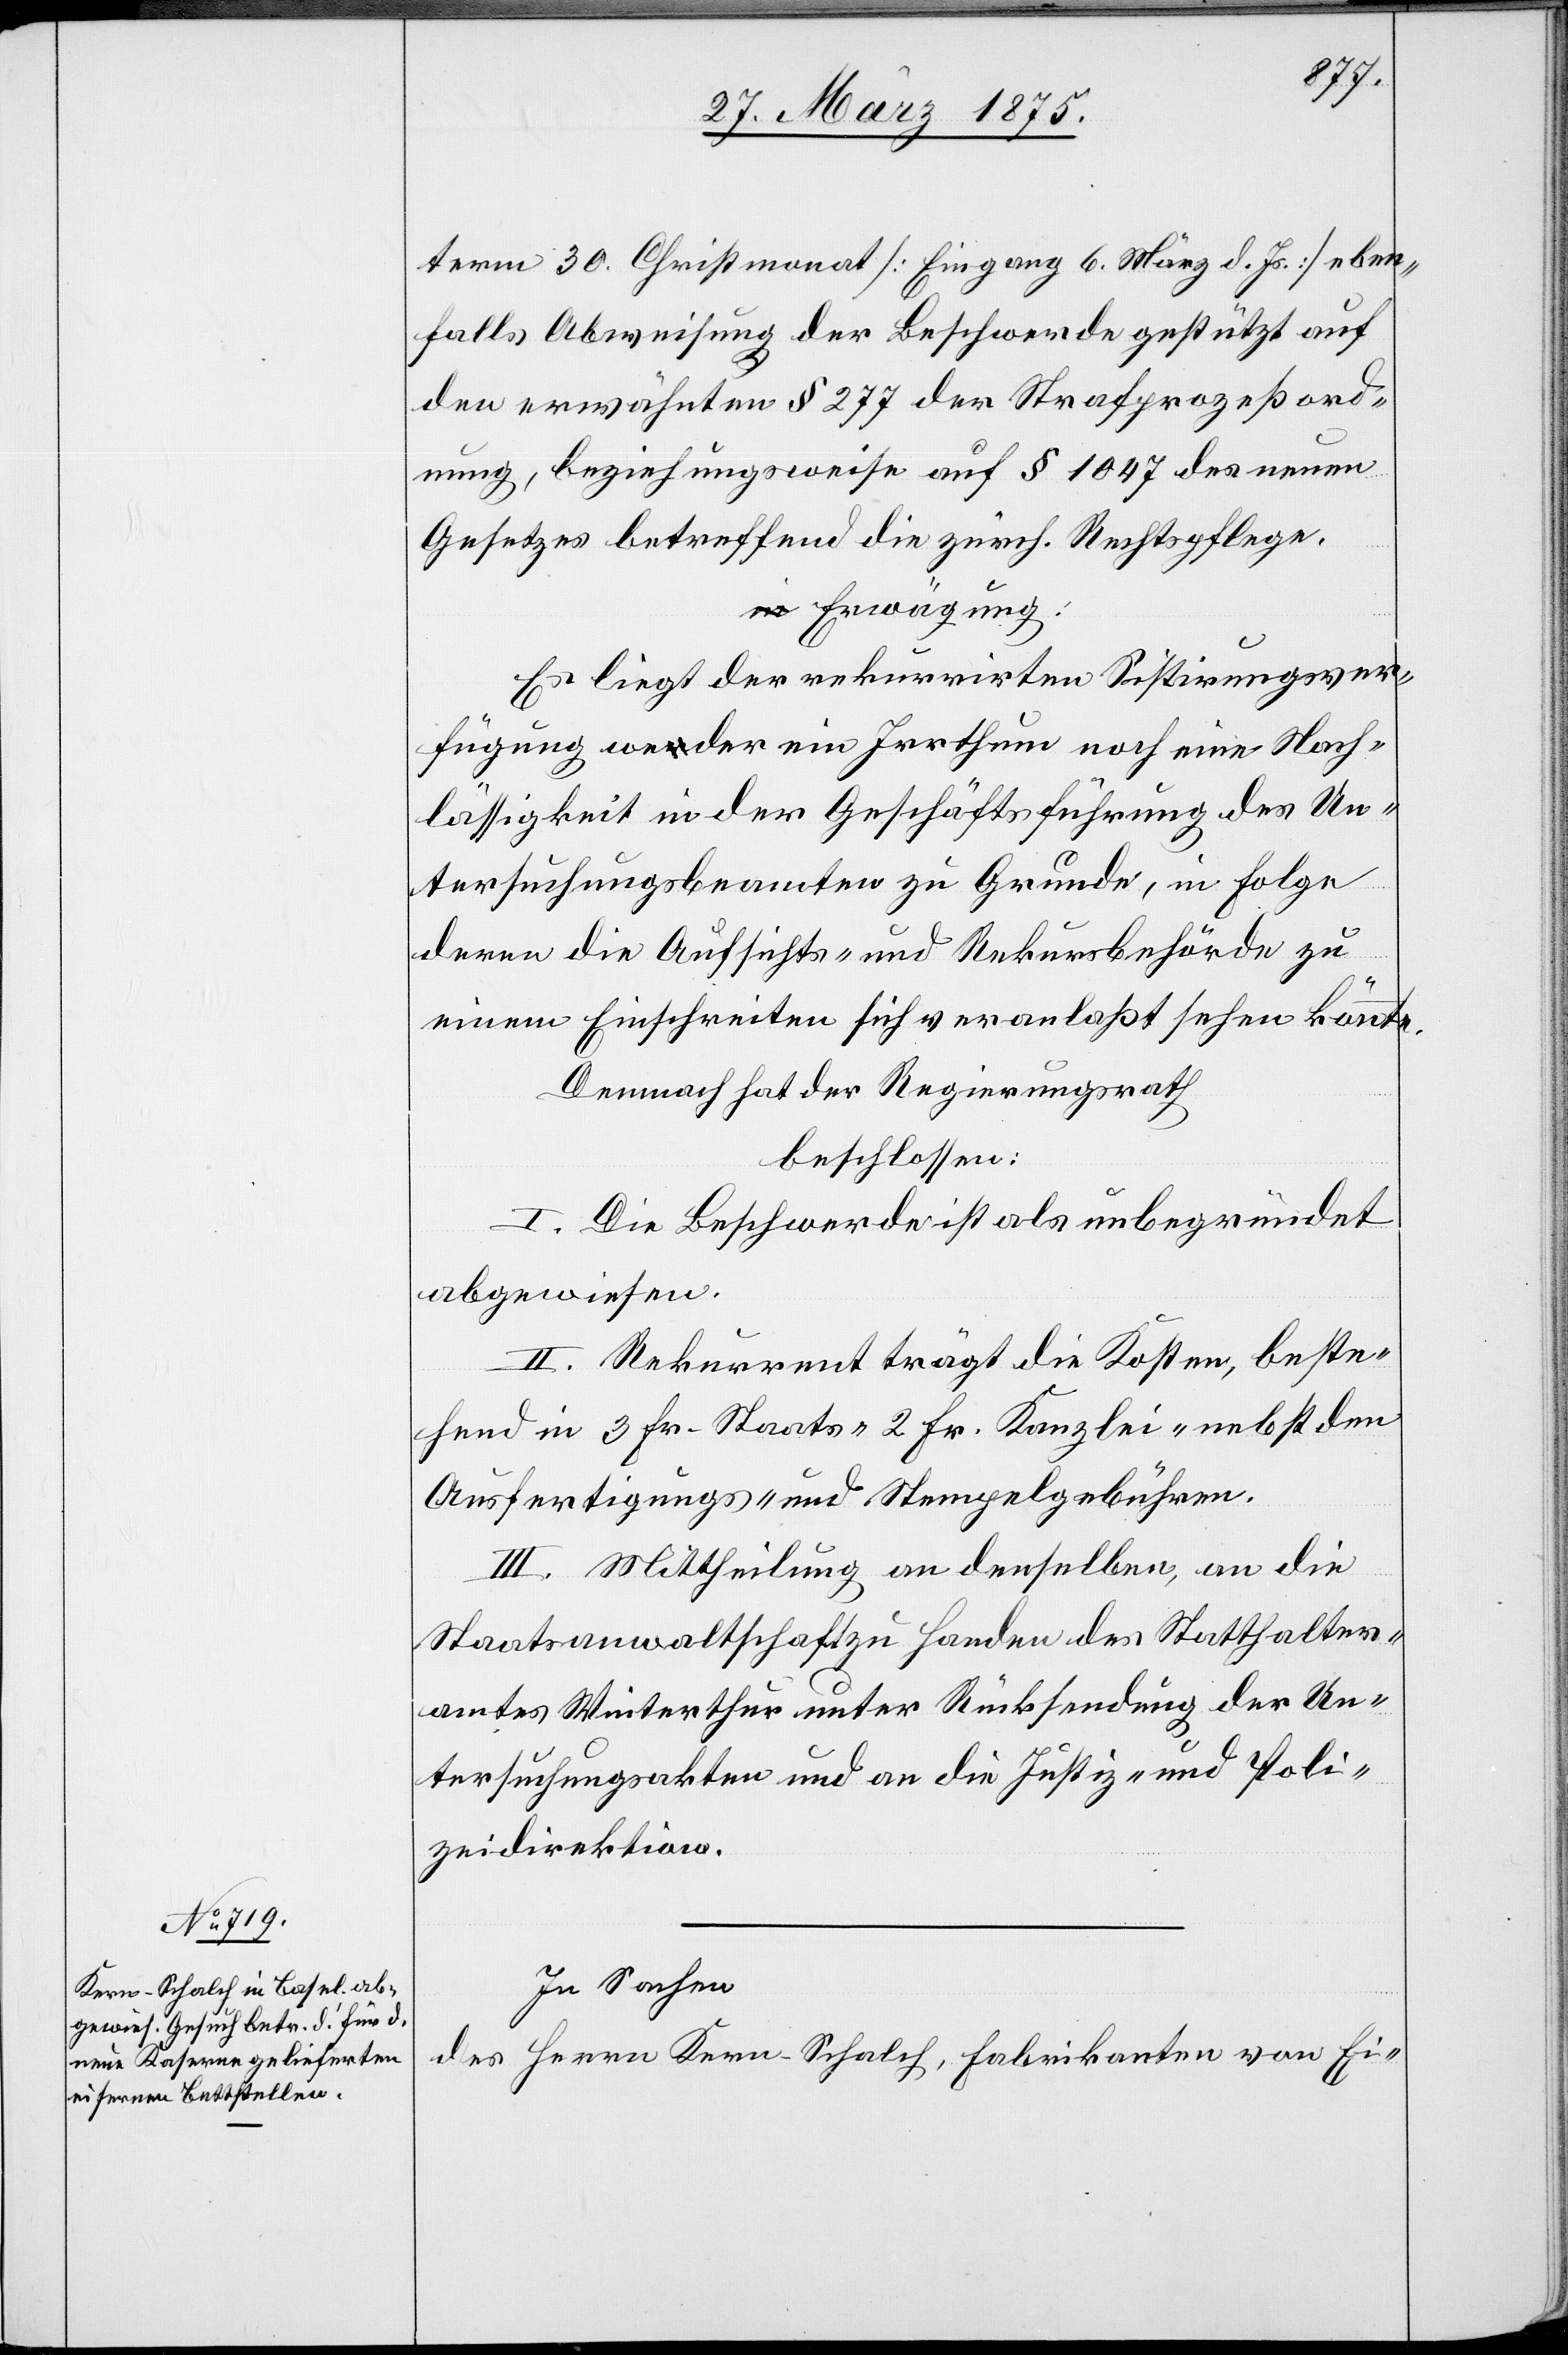
term 30. Christmonat [Eingang 6. März d. Js.] eben¬
falls Abweisung der Beschwerde gestützt auf
den erwähnten § 277 der Strafprozeßord¬
nung, beziehungsweise auf § 1047 des neuen
Gesetzes betreffend die zürch. Rechtspflege.
Erwägung:
Es liegt der rekurrirten Sistirungsver¬
fügung weder ein Irrthum noch eine Nach¬
lässigkeit in der Geschäftsführung des Un¬
tersuchungsbeamten zu Grunde, in Folge
deren die Aufsichts- und Rekursbehörde zu
einem Einschreiten sich veranlaßt sehen könnte.
Demnach hat der Regierungsrath
beschlossen:
I. Die Beschwerde ist als unbegründet
abgewiesen.
II. Rekurrent trägt die Kosten, beste¬
hend in 3. Fr. Staats-[,] 2 Fr. Kanzlei-[,] nebst den
Ausfertigungs- und Stempelgebühren.
III. Mittheilung an denselben, an die
Staatsanwaltschaft zu Handen des Statthalter¬
amtes Winterthur unter Rücksendung der Un¬
tersuchungsakten und an die Justiz- und Poli¬
zeidirektion.
In Sachen
des Herrn Kern-Schalch, Fabrikanten von Ei-